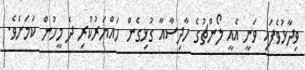
ވިދާޅުވެފައި ވަނީ އެއީ ލޯންޗުގެ ހާދިސާއާ ގުޅިގެން ހައްޔަރުކުރި ދެ މީހުން ކަމަށެވެ.